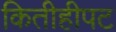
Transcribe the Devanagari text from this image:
कितीहीपट